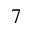
7